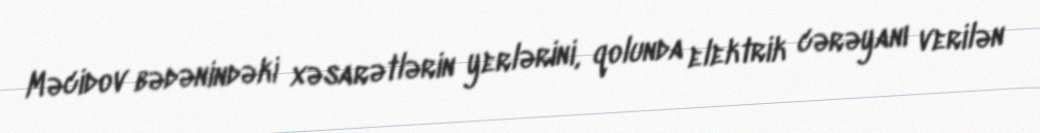
Məcidov bədənindəki xəsarətlərin yerlərini, qolunda elektrik cərəyanı verilən